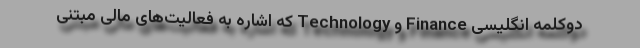
دوکلمه انگلیسی Finance و Technology که اشاره به فعالیت‌های مالی مبتنی